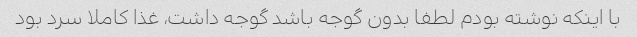
با اینکه نوشته بودم لطفا بدون گوجه باشد گوجه داشت، غذا کاملا سرد بود